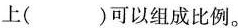
上( )可以组成比例。